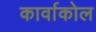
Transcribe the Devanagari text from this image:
कार्वाकोल